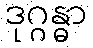
ဒုဂ္ဂန္ဓာ